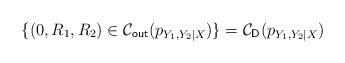
LaTeX: \begin{align*}\{(0,R_1,R_2)\in\mathcal{C}_{\textsf{out}}(p_{Y_1,Y_2|X})\}=\mathcal{C}_{\textsf{D}}(p_{Y_1,Y_2|X}) \end{align*}